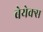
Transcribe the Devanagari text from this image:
बेयेक्स